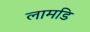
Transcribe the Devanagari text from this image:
लामडि